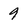
Character: 9